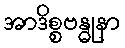
အာဒိစ္စဗန္ဓုနာ